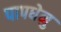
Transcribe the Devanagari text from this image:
पापधेनु